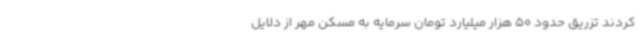
کردند تزریق حدود 50 هزار میلیارد تومان سرمایه به مسکن مهر از دلایل